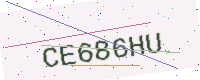
Text: CE686HU